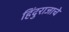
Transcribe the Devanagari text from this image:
हिंदुराजाचे